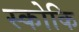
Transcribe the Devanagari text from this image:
स्कोकि